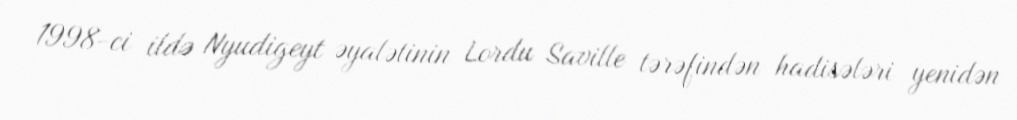
1998-ci ildə Nyudigeyt əyalətinin Lordu Saville tərəfindən hadisələri yenidən